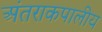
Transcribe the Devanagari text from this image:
अंतराकपालीय